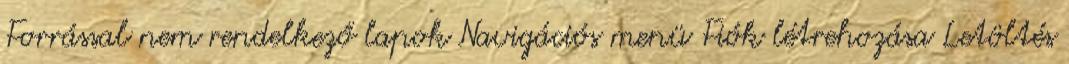
Forrással nem rendelkező lapok Navigációs menü Fiók létrehozása Letöltés